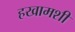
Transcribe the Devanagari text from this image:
हखामशी